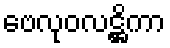
ဗေလုဝလဋ္ဌိကာ